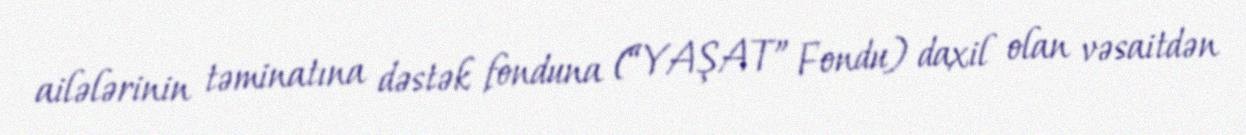
ailələrinin təminatına dəstək fonduna (“YAŞAT” Fondu) daxil olan vəsaitdən